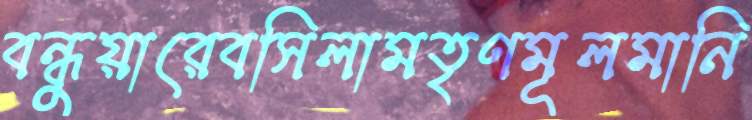
বন্ধুয়ারেবসিলামতৃণমূলমানি